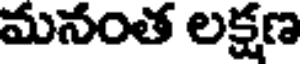
మనంత లక్షణ